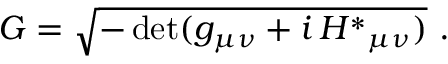
{ \cal G } = \sqrt { - \operatorname * { d e t } ( g _ { \mu \nu } + i \, { \cal H } ^ { * } { } _ { \mu \nu } ) } \ .